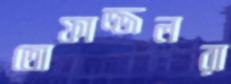
তোফাজ্জলরা